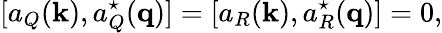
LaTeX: [a_{Q}({\mathbf k}),a_{Q}^{\star}({\mathbf q})]=[a_{R}({\mathbf k}),a_{R}^{\star}({\mathbf q})]=0,